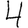
Digit: 4